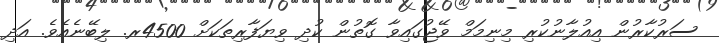
ސަރުކާރުން އިއުލާނުކުރި މިނިމަމް ވޭޖުގައިވާ ގޮތުން ކުދި ވިޔަފާރިތަކަށް 4500ރ. ލިބޭނެއެވެ. އަދި